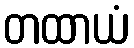
တထာယံ